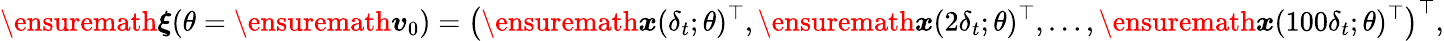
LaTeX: \ensuremath{\boldsymbol{\xi}}(\theta=\ensuremath{\boldsymbol{v}}_{0})=\left(\ensuremath{\boldsymbol{x}}(\delta_{t};\theta)^{\top},\ensuremath{\boldsymbol{x}}(2\delta_{t};\theta)^{\top},\dots,\ensuremath{\boldsymbol{x}}(100\delta_{t};\theta)^{\top}\right)^{\top},